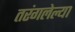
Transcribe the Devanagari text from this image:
तरंगलेल्या